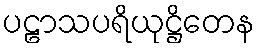
ပဠာသပရိယုဋ္ဌိတေန